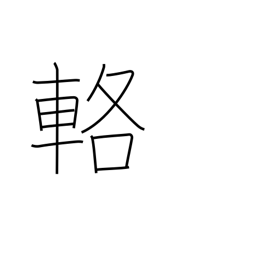
Meaning: carriage